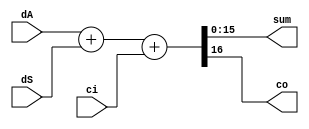
module add_double(
	input [15:0] dA, dS,
	input ci,
	output [15:0] sum,
	output co
	);

	wire [16:0] res;

	assign res = dA + dS + ci;
	assign sum = res[15:0];
	assign co = res[16];
endmodule